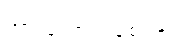
အားကောင်းစေရန်